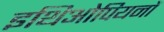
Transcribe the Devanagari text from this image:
इथिओपियनों